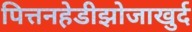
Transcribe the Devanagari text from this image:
पित्तनहेडीझोजाखुर्द